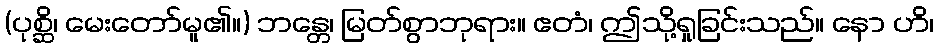
(ပုစ္ဆိ၊ မေးတော်မူ၏။) ဘန္တေ၊ မြတ်စွာဘုရား။ ဧတံ၊ ဤသို့ရှုခြင်းသည်။ နော ဟိ၊